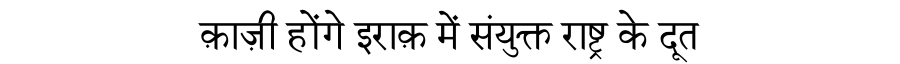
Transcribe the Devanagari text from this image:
क़ाज़ी होंगे इराक़ में संयुक्त राष्ट्र के दूत